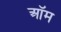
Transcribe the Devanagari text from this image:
ऑम